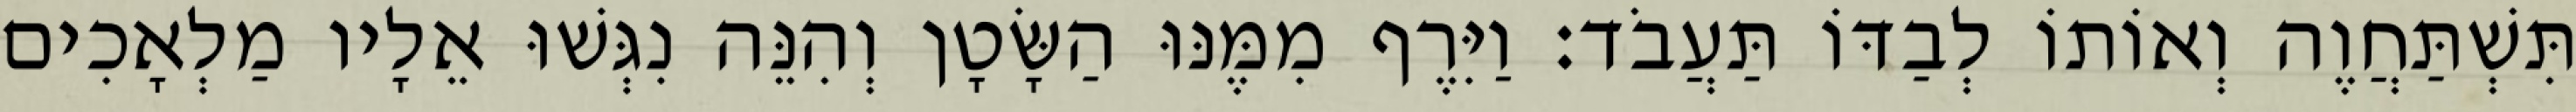
תִּשְׁתַּחֲוֶה וְאוֹתוֹ לְבַדּוֹ תַּעֲבֹד׃ וַיִּרֶף מִמֶּנּוּ הַשָּׂטָן וְהִנֵּה נִגְּשׁוּ אֵלָיו מַלְאָכִים